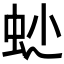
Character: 𧉍